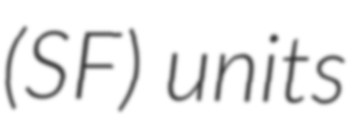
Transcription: (SF) units